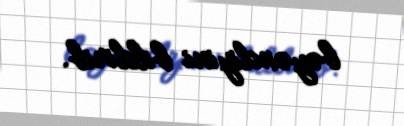
bəyəndiyini bildirib.